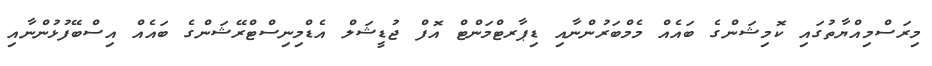
މިރަސްމިއްޔާތުގައި ކޮމިޝަންގެ ބައެއް މެމްބަރުންނާއި ޑިޕާރޓްމަންޓް އޮފް ޖުޑީޝަލް އެޑްމިނިސްޓްރޭޝަންގެ ބައެއް އިސްބޭފުޅުންނާއި